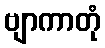
ဗျာကာတုံ